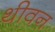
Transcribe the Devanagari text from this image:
थीवन